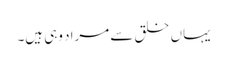
یہاں خلق سے مراد وہی ہیں۔